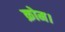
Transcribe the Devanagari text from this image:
क्रोम।